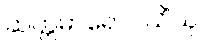
ဆတ္တမာရောပယိံသု